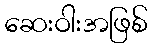
ဆေးဝါးအဖြစ်